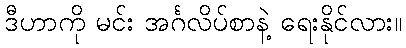
ဒီဟာကို မင်း အင်္ဂလိပ်စာနဲ့ ရေးနိုင်လား။